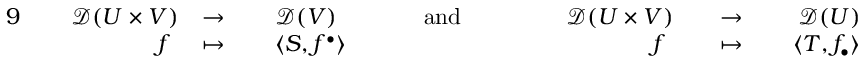
{ \begin{array} { r l r l r l r l r l r l r l r } { { 9 } \, } & { } & { { \mathcal { D } } ( U \times V ) } & { \to \, } & & { { \mathcal { D } } ( V ) } & & { \quad { \mathrm { ~ a n d ~ } } \quad } & & { \, } & { { \mathcal { D } } ( U \times V ) } & { } & { \to \, } & { } & { { \mathcal { D } } ( U ) } \\ & { } & { f \ } & { \mapsto \, } & & { \langle S , f ^ { \bullet } \rangle } & & { } & & { } & { f \ } & { } & { \mapsto \, } & { } & { \langle T , f _ { \bullet } \rangle } \end{array} }